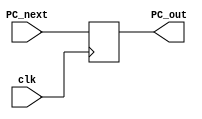
module Program_counter (
    clk,
    PC_next,
    PC_out
);

input clk;
input [31:0] PC_next;
output reg [31:0] PC_out;

initial begin
    PC_out = -4;   // preventing default
end

always @ (posedge clk) begin
    PC_out = PC_next;
end

endmodule